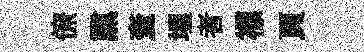
僚𤋱奎一埋者褾頁